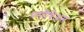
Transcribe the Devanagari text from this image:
प्रमीथिअस